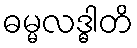
ဓမ္မလဒ္ဓါတိ